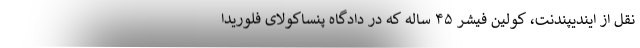
نقل از ایندیپندنت، کولین فیشر ۴۵ ساله که در دادگاه پنساکولای فلوریدا